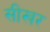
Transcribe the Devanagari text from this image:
सीखर